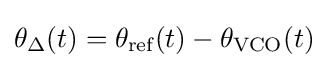
\theta _{\Delta }(t)=\theta _{\text{ref}}(t)-\theta _{\text{VCO}}(t)